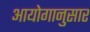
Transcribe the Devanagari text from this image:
आयोगानुसार